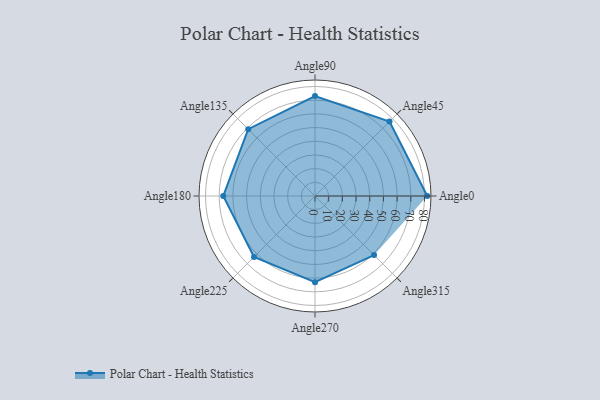
{"axis": {"x": "Angle", "y": "Radius"}, "legend": [""], "data": [{"x": "Angle0", "y": 82.0, "type": ""}, {"x": "Angle45", "y": 77.0, "type": ""}, {"x": "Angle90", "y": 73.0, "type": ""}, {"x": "Angle135", "y": 69.0, "type": ""}, {"x": "Angle180", "y": 67.0, "type": ""}, {"x": "Angle225", "y": 63.0, "type": ""}, {"x": "Angle270", "y": 63.0, "type": ""}, {"x": "Angle315", "y": 61.0, "type": ""}]}